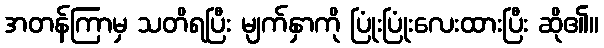
အတန်ကြာမှ သတိရပြီး မျက်နှာကို ပြုံးပြုံးလေးထားပြီး ဆို၏။